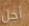
أجل